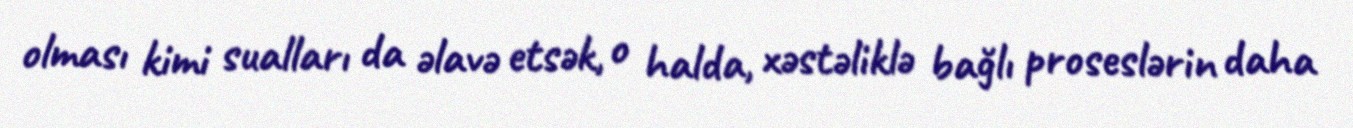
olması kimi sualları da əlavə etsək, o halda, xəstəliklə bağlı proseslərin daha